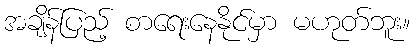
အချိန်ပြည့် စာရေးနေနိုင်မှာ မဟုတ်ဘူး။